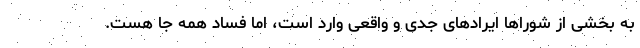
به بخشی از شوراها ایرادهای جدی و واقعی وارد است، اما فساد همه جا هست.